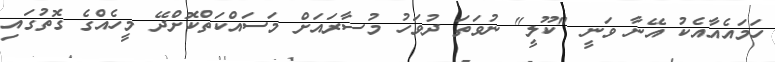
ހަމައެއާއެކު އޭނާ ވަނީ "ކޫލީ" ނުވަތަ ދުވަހު މުސާރައަށް މަސައްކަތްކޮށްދޭ މީހެއްގެ ގޮތުގައި